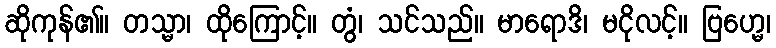
ဆိုကုန်၏။ တသ္မာ၊ ထိုကြောင့်။ တွံ၊ သင်သည်။ မာရောဒိ၊ မငိုလင့်။ ဗြဟ္မေ၊